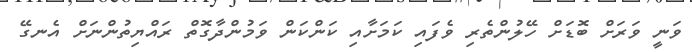
ވަނީ ވަރަށް ބޮޑަށް ހޭލުންތެރި ވެފައި ކަމަށާއި ކަންކަން ވަމުންދާގޮތް ރައްޔިތުންނަށް އެނގޭ